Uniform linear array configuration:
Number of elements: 12
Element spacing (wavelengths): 0.75
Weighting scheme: hann
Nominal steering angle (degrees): -30
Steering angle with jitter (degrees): -29.817
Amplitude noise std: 0.05
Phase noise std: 0.05

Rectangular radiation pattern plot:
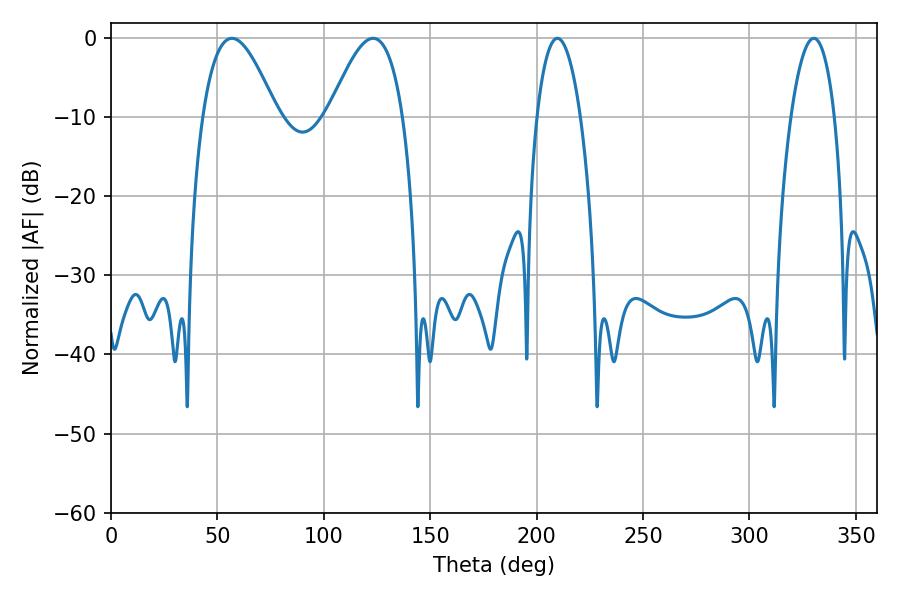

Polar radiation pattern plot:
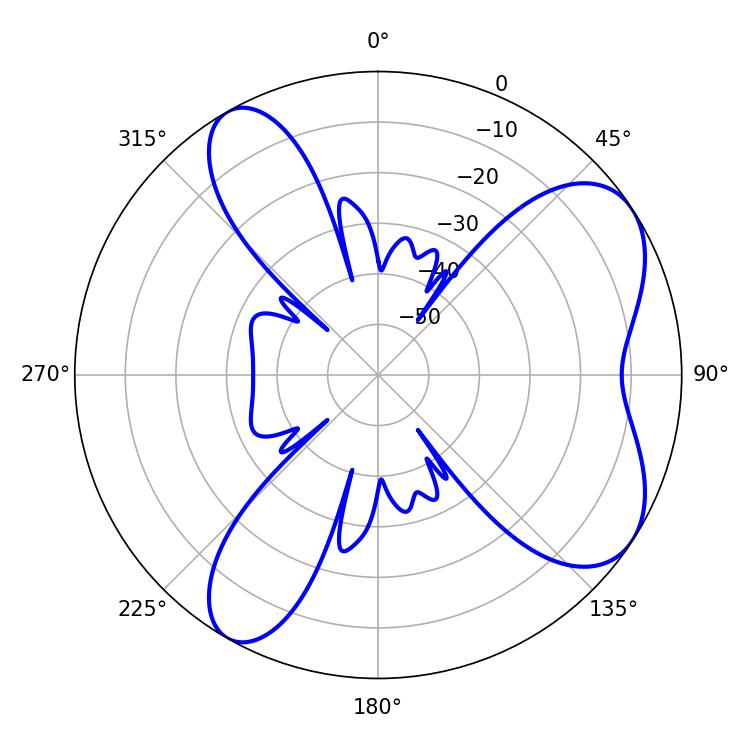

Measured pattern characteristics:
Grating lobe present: TRUE
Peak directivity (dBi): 6.792
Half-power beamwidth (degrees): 18.9
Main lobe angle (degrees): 56.88